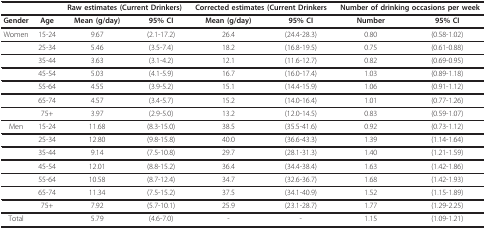
<table><thead><tr><td></td><td></td><td colspan="2"><b>Raw estimates (Current Drinkers)</b></td><td colspan="2"><b>Corrected estimates (Current Drinkers</b></td><td colspan="2"><b>Number of drinking occasions per week</b></td></tr></thead><tbody><tr><td><b>Gender</b></td><td><b>Age</b></td><td><b>Mean (g/day)</b></td><td><b>95% CI</b></td><td><b>Mean (g/day)</b></td><td><b>95% CI</b></td><td><b>Number</b></td><td><b>95% CI</b></td></tr><tr><td>Women</td><td>15-24</td><td>9.67</td><td>(2.1-17.2)</td><td>26.4</td><td>(24.4-28.3)</td><td>0.80</td><td>(0.58-1.02)</td></tr><tr><td></td><td>25-34</td><td>5.46</td><td>(3.5-7.4)</td><td>18.2</td><td>(16.8-19.5)</td><td>0.75</td><td>(0.61-0.88)</td></tr><tr><td></td><td>35-44</td><td>3.63</td><td>(3.1-4.2)</td><td>12.1</td><td>(11.6-12.7)</td><td>0.82</td><td>(0.69-0.95)</td></tr><tr><td></td><td>45-54</td><td>5.03</td><td>(4.1-5.9)</td><td>16.7</td><td>(16.0-17.4)</td><td>1.03</td><td>(0.89-1.18)</td></tr><tr><td></td><td>55-64</td><td>4.55</td><td>(3.9-5.2)</td><td>15.1</td><td>(14.4-15.9)</td><td>1.06</td><td>(0.91-1.12)</td></tr><tr><td></td><td>65-74</td><td>4.57</td><td>(3.4-5.7)</td><td>15.2</td><td>(14.0-16.4)</td><td>1.01</td><td>(0.77-1.26)</td></tr><tr><td></td><td>75+</td><td>3.97</td><td>(2.9-5.0)</td><td>13.2</td><td>(12.0-14.5)</td><td>0.83</td><td>(0.59-1.07)</td></tr><tr><td>Men</td><td>15-24</td><td>11.68</td><td>(8.3-15.0)</td><td>38.5</td><td>(35.5-41.6)</td><td>0.92</td><td>(0.73-1.12)</td></tr><tr><td></td><td>25-34</td><td>12.80</td><td>(9.8-15.8)</td><td>40.0</td><td>(36.6-43.3)</td><td>1.39</td><td>(1.14-1.64)</td></tr><tr><td></td><td>35-44</td><td>9.14</td><td>(7.5-10.8)</td><td>29.7</td><td>(28.1-31.3)</td><td>1.40</td><td>(1.21-1.59)</td></tr><tr><td></td><td>45-54</td><td>12.01</td><td>(8.8-15.2)</td><td>36.4</td><td>(34.4-38.4)</td><td>1.63</td><td>(1.42-1.86)</td></tr><tr><td></td><td>55-64</td><td>10.58</td><td>(8.7-12.4)</td><td>34.7</td><td>(32.6-36.7)</td><td>1.68</td><td>(1.42-1.93)</td></tr><tr><td></td><td>65-74</td><td>11.34</td><td>(7.5-15.2)</td><td>37.5</td><td>(34.1-40.9)</td><td>1.52</td><td>(1.15-1.89)</td></tr><tr><td></td><td>75+</td><td>7.92</td><td>(5.7-10.1)</td><td>25.9</td><td>(23.1-28.7)</td><td>1.77</td><td>(1.29-2.25)</td></tr><tr><td>Total</td><td></td><td>5.79</td><td>(4.6-7.0)</td><td>-</td><td>-</td><td>1.15</td><td>(1.09-1.21)</td></tr></tbody></table>